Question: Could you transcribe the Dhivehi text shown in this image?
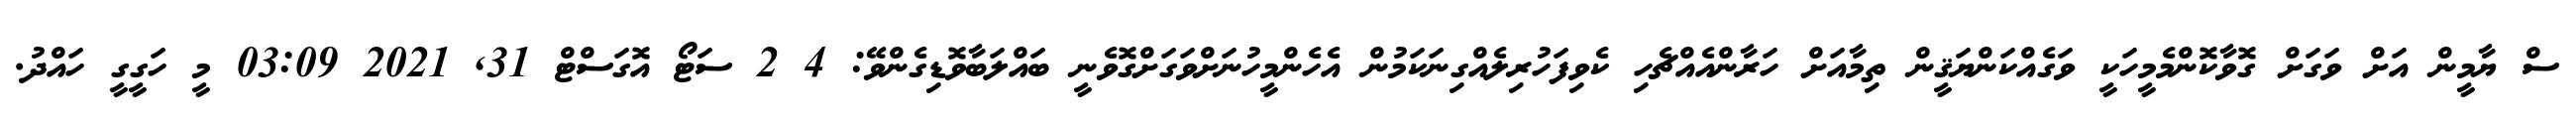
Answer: ސް ޔާމީން އަށް ވަގަށް ގޮވާކޮންމެމީހަކީ ވަގެއްކަންޔަޤީން ތިމާއަށް ހަރާންއެއްޗެހި ކެވިފަހުރިލެއްގިނަކަމުން އެހެންމީހުނަށްވަގަށްގޮވެނީ ބައްލަބާވޮޑިގެންވޭ: 4 2 ސަޓޯ އޮގަސްޓް 31, 2021 03:09 މީ ހަގީގީ ހައްދު.